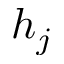
h _ { j }